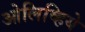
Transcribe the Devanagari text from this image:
ओलिव्हिये